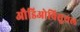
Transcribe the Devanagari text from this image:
औडिओविसुयल